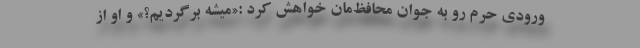
ورودی حرم رو به جوان محافظ‌مان خواهش کرد :«میشه برگردیم؟» و او از